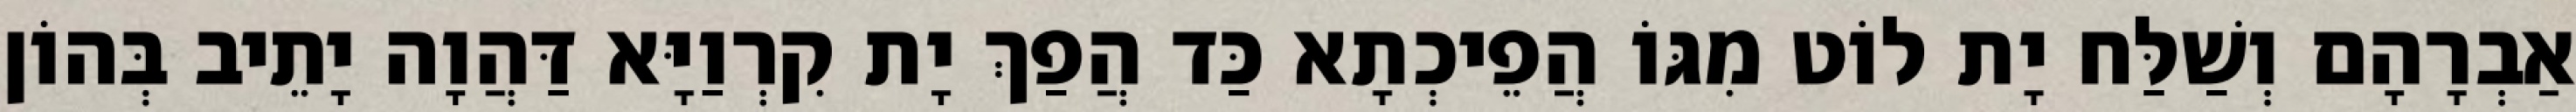
אַבְרָהָם וְשַׁלַּח יָת לוֹט מִגּוֹ הֲפֵיכְתָא כַּד הֲפַךְ יָת קִרְוַיָּא דַּהֲוָה יָתֵיב בְּהוֹן